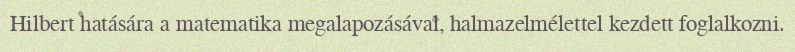
Hilbert hatására a matematika megalapozásával, halmazelmélettel kezdett foglalkozni.